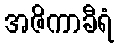
အဇိကာခီရံ